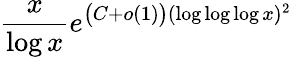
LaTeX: {\frac{x}{\log x}}e^{{\big(}C+o(1){\big)}(\log\log\log x)^{2}}